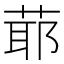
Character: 𦳃